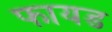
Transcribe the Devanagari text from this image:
फायड